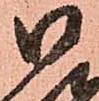
御